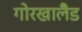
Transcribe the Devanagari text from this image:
गोरखालैँड